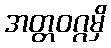
အတ္တဝဂ္ဂမှိ